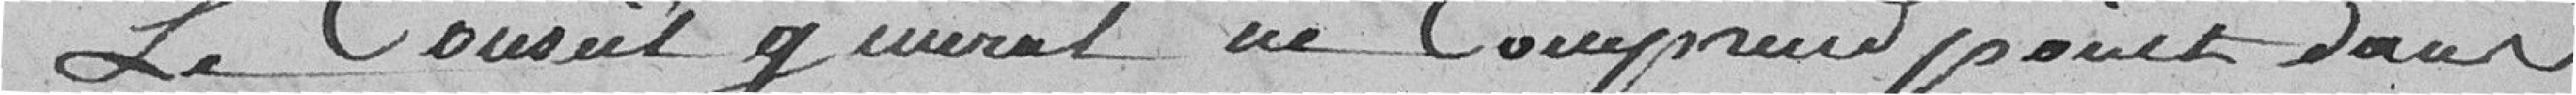
Le Conseil général ne Comprend point dans